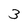
Character: 3